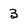
Character: 3